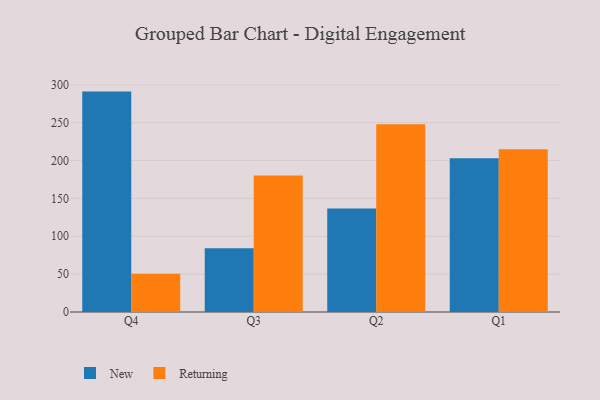
{"axis": {"x": "Quarter", "y": "Active Users"}, "legend": ["New", "Returning"], "data": [{"x": "Q4", "y": 291.1, "type": "New"}, {"x": "Q4", "y": 50.5, "type": "Returning"}, {"x": "Q3", "y": 84.2, "type": "New"}, {"x": "Q3", "y": 180.3, "type": "Returning"}, {"x": "Q2", "y": 136.8, "type": "New"}, {"x": "Q2", "y": 248.0, "type": "Returning"}, {"x": "Q1", "y": 203.2, "type": "New"}, {"x": "Q1", "y": 214.8, "type": "Returning"}]}